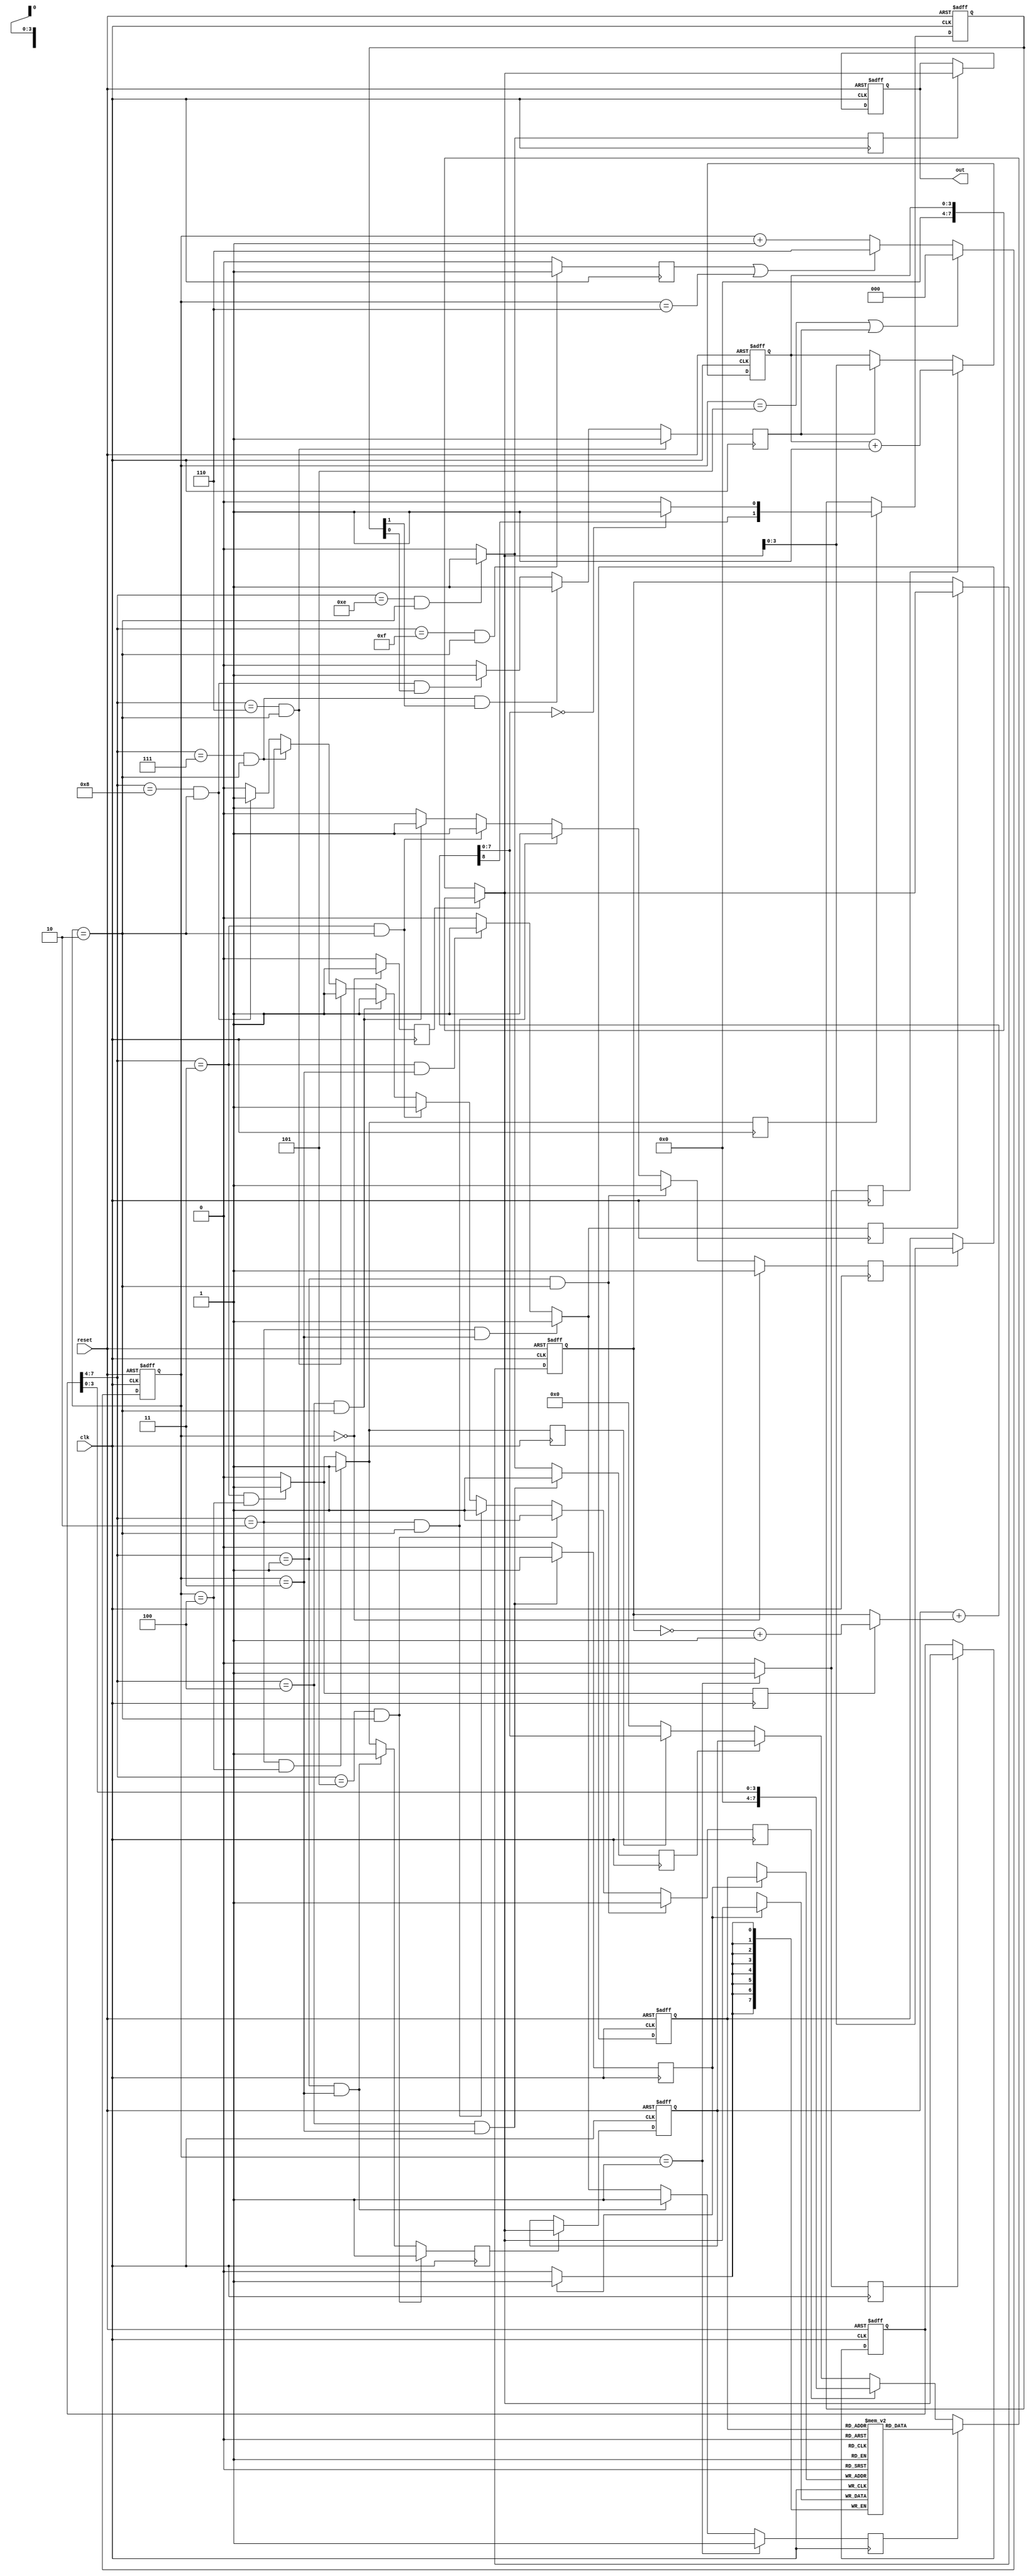
module cpu(
	input wire clk,
	input wire reset,
	output reg[7:0] out
	);


///////////////////////////////////////////////////////////////////////////////
// Opcodes
///////////////////////////////////////////////////////////////////////////////

parameter OP_NOP = 4'b0000;
parameter OP_LDA = 4'b0001;
parameter OP_ADD = 4'b0010;
parameter OP_SUB = 4'b0011;
parameter OP_STA = 4'b0100;
parameter OP_LDI = 4'b0101;
parameter OP_JMP = 4'b0110;
parameter OP_JC  = 4'b0111;
parameter OP_JZ  = 4'b1000;
parameter OP_OUT = 4'b1110;
parameter OP_HLT = 4'b1111;


///////////////////////////////////////////////////////////////////////////////
// Control Signals
///////////////////////////////////////////////////////////////////////////////

// Halt
reg ctrl_ht;
always @(negedge clk) begin
	if (ir[7:4] == OP_HLT && stage == 2)
		ctrl_ht <= 1;
	else
		ctrl_ht <= 0;
end

// Memory Address Register In
reg ctrl_mi;
always @(negedge clk) begin
	if (stage == 0)
		ctrl_mi <= 1;
	else if (ir[7:4] == OP_LDA && stage == 2)
		ctrl_mi <= 1;
	else if (ir[7:4] == OP_ADD && stage == 2)
		ctrl_mi <= 1;
	else if (ir[7:4] == OP_SUB && stage == 2)
		ctrl_mi <= 1;
	else if (ir[7:4] == OP_STA && stage == 2)
		ctrl_mi <= 1;
	else
		ctrl_mi <= 0;
end

// RAM In
reg ctrl_ri;
always @(negedge clk) begin
	if (ir[7:4] == OP_STA && stage == 3)
		ctrl_ri <= 1;
	else
		ctrl_ri <= 0;
end

// RAM Out
reg ctrl_ro;
always @(negedge clk) begin
	if (stage == 1)
		ctrl_ro <= 1;
	else if (ir[7:4] == OP_LDA && stage == 3)
		ctrl_ro <= 1;
	else if (ir[7:4] == OP_ADD && stage == 3)
		ctrl_ro <= 1;
	else if (ir[7:4] == OP_SUB && stage == 3)
		ctrl_ro <= 1;
	else
		ctrl_ro <= 0;
end

// Instruction Register Out
reg ctrl_io;
always @(negedge clk) begin
	if (ir[7:4] == OP_LDA && stage == 2)
		ctrl_io <= 1;
	else if (ir[7:4] == OP_LDI && stage == 2)
		ctrl_io <= 1;
	else if (ir[7:4] == OP_ADD && stage == 2)
		ctrl_io <= 1;
	else if (ir[7:4] == OP_SUB && stage == 2)
		ctrl_io <= 1;
	else if (ir[7:4] == OP_STA && stage == 2)
		ctrl_io <= 1;
	else if (ir[7:4] == OP_JMP && stage == 2)
		ctrl_io <= 1;
	else if (ir[7:4] == OP_JC && stage == 2)
		ctrl_io <= 1;
	else if (ir[7:4] == OP_JZ && stage == 2)
		ctrl_io <= 1;
	else
		ctrl_io <= 0;
end

// Instruction Register In
reg ctrl_ii;
always @(negedge clk) begin
	if (stage == 1)
		ctrl_ii <= 1;
	else
		ctrl_ii <= 0;
end

// A Register In
reg ctrl_ai;
always @(negedge clk) begin
	if (ir[7:4] == OP_LDI && stage == 2)
		ctrl_ai <= 1;
	else if (ir[7:4] == OP_LDA && stage == 3)
		ctrl_ai <= 1;
	else if (ir[7:4] == OP_ADD && stage == 4)
		ctrl_ai <= 1;
	else if (ir[7:4] == OP_SUB && stage == 4)
		ctrl_ai <= 1;
	else
		ctrl_ai <= 0;
end

// A Register Out
reg ctrl_ao;
always @(negedge clk) begin
	if (ir[7:4] == OP_STA && stage == 3)
		ctrl_ao <= 1;
	else if (ir[7:4] == OP_OUT && stage == 2)
		ctrl_ao <= 1;
	else
		ctrl_ao <= 0;
end

// Sum Out
reg ctrl_eo;
always @(negedge clk) begin
	if (ir[7:4] == OP_ADD && stage == 4)
		ctrl_eo <= 1;
	else if (ir[7:4] == OP_SUB && stage == 4)
		ctrl_eo <= 1;
	else
		ctrl_eo <= 0;
end

// Subtract
reg ctrl_su;
always @(negedge clk) begin
	if (ir[7:4] == OP_SUB && stage == 4)
		ctrl_su <= 1;
	else
		ctrl_su <= 0;
end

// B Register In
reg ctrl_bi;
always @(negedge clk) begin
	if (ir[7:4] == OP_ADD && stage == 3)
		ctrl_bi <= 1;
	else if (ir[7:4] == OP_SUB && stage == 3)
		ctrl_bi <= 1;
	else
		ctrl_bi <= 0;
end

// Output Register In
reg ctrl_oi;
always @(negedge clk) begin
	if (ir[7:4] == OP_OUT && stage == 2)
		ctrl_oi <= 1;
	else
		ctrl_oi <= 0;
end

// Counter Enable
reg ctrl_ce;
always @(negedge clk) begin
	if (stage == 1)
		ctrl_ce <= 1;
	else
		ctrl_ce <= 0;
end

// Counter Out
reg ctrl_co;
always @(negedge clk) begin
	// Always in Stage 0
	if (stage == 0)
		ctrl_co <= 1;
	else
		ctrl_co <= 0;
end

// Jump
reg ctrl_jp;
always @(negedge clk) begin
	if (ir[7:4] == OP_JMP && stage == 2)
		ctrl_jp <= 1;
	else if (ir[7:4] == OP_JC && stage == 2 && flags[FLAG_C] == 1)
		ctrl_jp <= 1;
	else if (ir[7:4] == OP_JZ && stage == 2 && flags[FLAG_Z] == 1)
		ctrl_jp <= 1;
	else
		ctrl_jp <= 0;
end

// Flags Register In
reg ctrl_fi;
always @(negedge clk) begin
	if (ir[7:4] == OP_ADD && stage == 4)
		ctrl_fi <= 1;
	else if (ir[7:4] == OP_SUB && stage == 4)
		ctrl_fi <= 1;
	else
		ctrl_fi <= 0;
end


///////////////////////////////////////////////////////////////////////////////
// Bus
///////////////////////////////////////////////////////////////////////////////

wire[7:0] bus;
assign bus =
	ctrl_co ? pc :
	ctrl_ro ? mem[mar] :
	ctrl_io ? ir[3:0] :
	ctrl_ao ? a_reg :
	ctrl_eo ? alu :
	8'b0;


///////////////////////////////////////////////////////////////////////////////
// Program Counter
///////////////////////////////////////////////////////////////////////////////

reg[3:0] pc;
always @(posedge clk or posedge reset) begin
	if (reset)
		pc <= 0;
	else if (ctrl_ce)
		pc <= pc + 1;
	else if (ctrl_jp)
		pc <= bus[3:0];
end


///////////////////////////////////////////////////////////////////////////////
// Instruction Step Counter
///////////////////////////////////////////////////////////////////////////////

reg[2:0] stage;
always @(posedge clk or posedge reset) begin
	if (reset)
		stage <= 0;
	else if (stage == 5 || ctrl_jp)
		stage <= 0;
	else if (ctrl_ht || stage == 6)
		// For a halt, put it into a stage it can never get out of
		stage <= 6;
	else
		stage <= stage + 1;
end


///////////////////////////////////////////////////////////////////////////////
// Memory Address Register
///////////////////////////////////////////////////////////////////////////////

reg[3:0] mar;
always @(posedge clk or posedge reset) begin
	if (reset)
		mar <= 0;
	else if (ctrl_mi)
		mar <= bus[3:0];
end


///////////////////////////////////////////////////////////////////////////////
// Memory
///////////////////////////////////////////////////////////////////////////////

reg[7:0] mem[16];
always @(posedge clk) begin
	if (ctrl_ri)
		mem[mar] <= bus;
end


///////////////////////////////////////////////////////////////////////////////
// Instruction Register
///////////////////////////////////////////////////////////////////////////////

reg[7:0] ir;
always @(posedge clk or posedge reset) begin
	if (reset)
		ir <= 0;
	else if (ctrl_ii)
		ir <= bus;
end


///////////////////////////////////////////////////////////////////////////////
// ALU
///////////////////////////////////////////////////////////////////////////////

reg[7:0] a_reg;
reg[7:0] b_reg;
wire[7:0] b_reg_out;
wire[8:0] alu;
wire flag_z, flag_c;
always @(posedge clk or posedge reset) begin
	if (reset)
		a_reg <= 0;
	else if (ctrl_ai)
		a_reg <= bus;
end

always @(posedge clk or posedge reset) begin
	if (reset)
		b_reg <= 0;
	else if (ctrl_bi)
		b_reg <= bus;
end

// Zero flag is set if ALU is zero
assign flag_z = (alu[7:0] == 0) ? 1 : 0;

// Use twos-complement for subtraction
assign b_reg_out = ctrl_su ? ~b_reg + 1 : b_reg;

// Carry flag is set if there's an overflow into bit 8 of the ALU
assign flag_c = alu[8];

assign alu = a_reg + b_reg_out;


///////////////////////////////////////////////////////////////////////////////
// Flags Register
///////////////////////////////////////////////////////////////////////////////

parameter FLAG_C = 1;
parameter FLAG_Z = 0;

reg[1:0] flags;
always @(posedge clk or posedge reset) begin
	if (reset)
		flags <= 0;
	else if (ctrl_fi)
		flags <= {flag_c, flag_z};
end


///////////////////////////////////////////////////////////////////////////////
// Output Register
///////////////////////////////////////////////////////////////////////////////

always @(posedge clk or posedge reset) begin
	if (reset)
		out <= 0;
	else if (ctrl_oi)
		out <= bus;
end


///////////////////////////////////////////////////////////////////////////////
// Program to Run
///////////////////////////////////////////////////////////////////////////////

initial begin
	mem[0]  = {OP_OUT, 4'b0};
	mem[1]  = {OP_ADD, 4'hF};
	mem[2]  = {OP_JC,  4'h4};
	mem[3]  = {OP_JMP, 4'h0};
	mem[4]  = {OP_SUB, 4'hF};
	mem[5]  = {OP_OUT, 4'h0};
	mem[6]  = {OP_JZ,  4'h0};
	mem[7]  = {OP_JMP, 4'h4};
	mem[8]  = {OP_NOP, 4'h0};
	mem[9]  = {OP_NOP, 4'h0};
	mem[10] = {OP_NOP, 4'h0};
	mem[11] = {OP_NOP, 4'h0};
	mem[12] = {OP_NOP, 4'h0};
	mem[13] = {OP_NOP, 4'h0};
	mem[14] = {OP_NOP, 4'h0};
	mem[15] = {8'h01};        // DATA = 1
end

endmodule